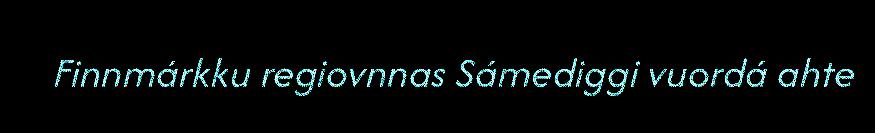
Finnmárkku regiovnnas Sámediggi vuordá ahte